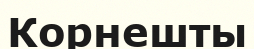
Корнешты